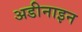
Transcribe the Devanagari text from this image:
अडीनाइन